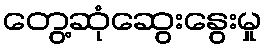
တွေ့ဆုံဆွေးနွေးမှု